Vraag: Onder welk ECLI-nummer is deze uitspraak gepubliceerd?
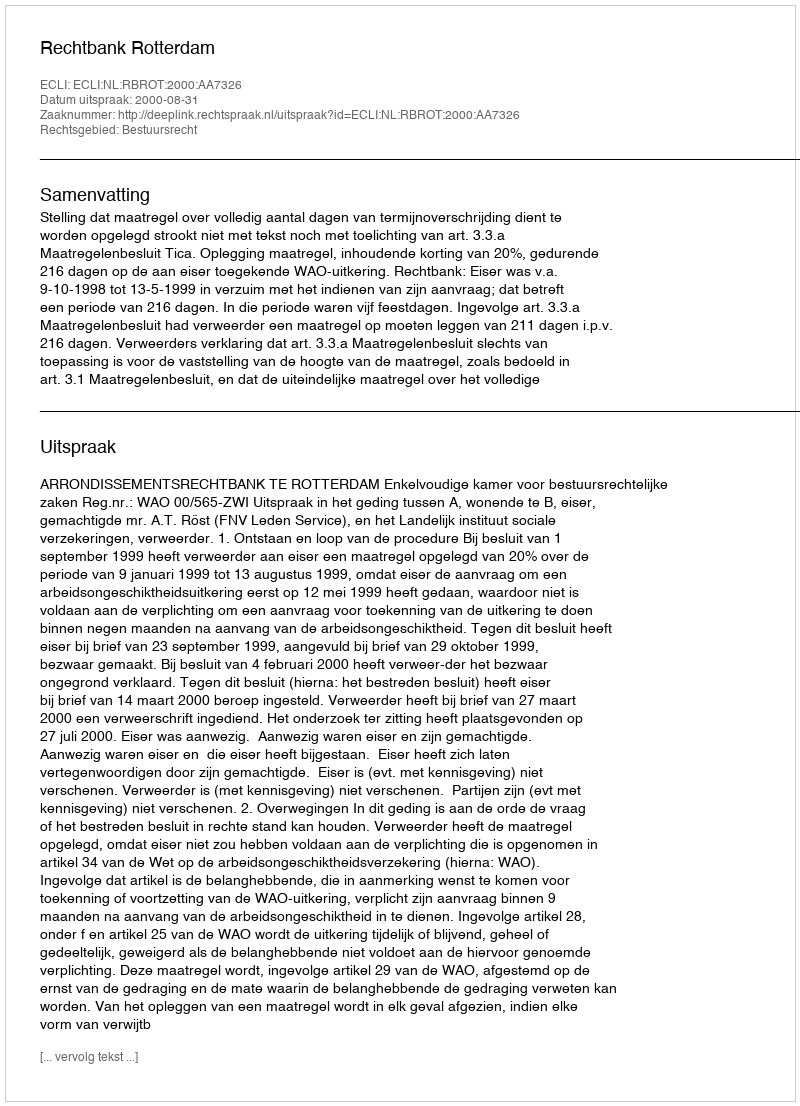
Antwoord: ECLI:NL:RBROT:2000:AA7326